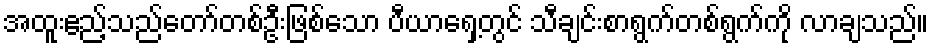
အထူးဧည့်သည်တော်တစ်ဦးဖြစ်သော ပီယာရှေ့တွင် သီချင်းစာရွက်တစ်ရွက်ကို လာချသည်။